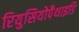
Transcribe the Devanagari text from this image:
रियुसियोपैथाइडि